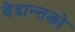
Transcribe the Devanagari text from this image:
वेदान्तकाे